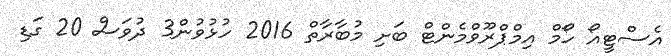
އެސްޓީއޯ ހޯމް އިމްޕްރޫވްމެންޓް ބަށި މުބާރާތް 2016 ހުޅުވުން3 ދުވަސް 20 ގަޑި